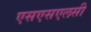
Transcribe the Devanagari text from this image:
एसएसएलसी